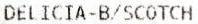
DELICIA-B/SCOTCH